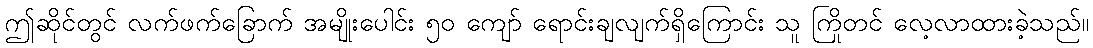
ဤဆိုင်တွင် လက်ဖက်ခြောက် အမျိုးပေါင်း ၅၀ ကျော် ရောင်းချလျက်ရှိကြောင်း သူ ကြိုတင် လေ့လာထားခဲ့သည်။